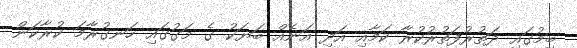
ބިމުގައި ދަތުރުފަތުރުކުރާ ކަމާއި އަދި އަނެއް ބަޔަކު ގެ މަގުގައި ހަނގުރާމަ ކުރާކަން